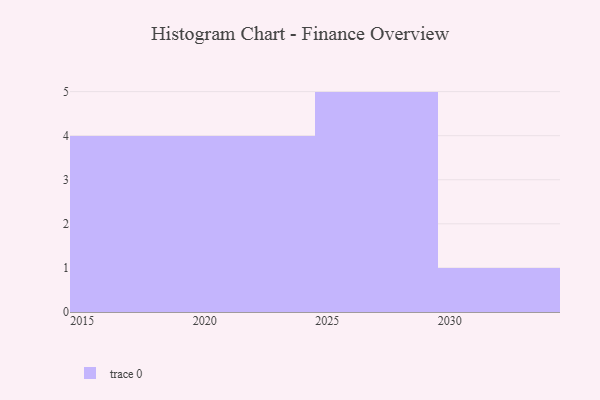
{"axis": {"x": "Year", "y": "Revenue (USD Million)"}, "legend": [""], "data": [{"x": "2026", "y": 34, "type": ""}, {"x": "2024", "y": 96, "type": ""}, {"x": "2018", "y": 43, "type": ""}, {"x": "2022", "y": 35, "type": ""}, {"x": "2030", "y": 18, "type": ""}, {"x": "2017", "y": 71, "type": ""}, {"x": "2025", "y": 16, "type": ""}, {"x": "2019", "y": 46, "type": ""}, {"x": "2023", "y": 46, "type": ""}, {"x": "2027", "y": 95, "type": ""}, {"x": "2029", "y": 26, "type": ""}, {"x": "2028", "y": 57, "type": ""}, {"x": "2020", "y": 73, "type": ""}, {"x": "2016", "y": 97, "type": ""}]}